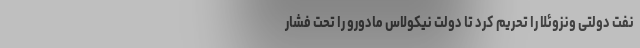
نفت دولتی ونزوئلا را تحریم کرد تا دولت نیکولاس مادورو را تحت فشار